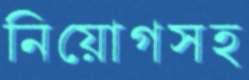
নিয়োগসহ